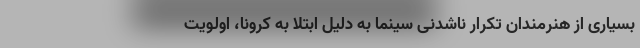
بسیاری از هنرمندان تکرار ناشدنی سینما به دلیل ابتلا به کرونا، اولویت